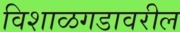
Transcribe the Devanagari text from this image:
विशाळगडावरील